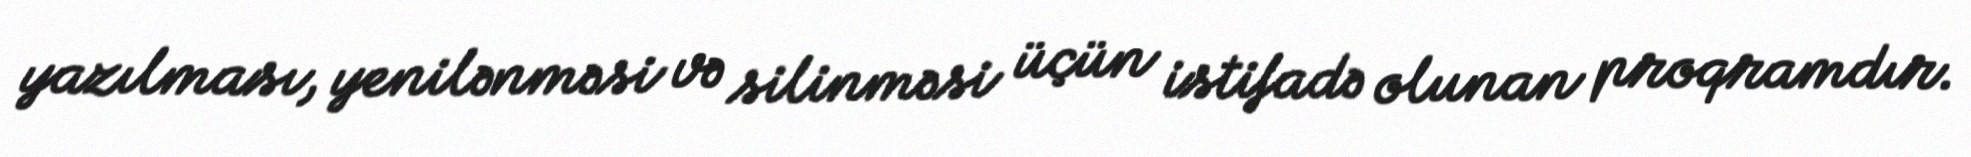
yazılması, yenilənməsi və silinməsi üçün istifadə olunan proqramdır.